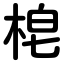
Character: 梍